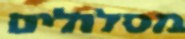
מסלולים